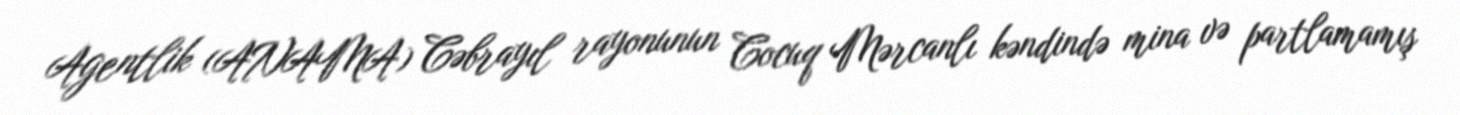
Agentlik (ANAMA) Cəbrayıl rayonunun Cocuq Mərcanlı kəndində mina və partlamamış